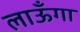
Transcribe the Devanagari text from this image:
लाऊँगा